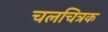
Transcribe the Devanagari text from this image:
चलचित्रक